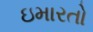
ઇમારતો